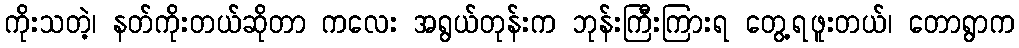
ကိုးသတဲ့၊ နတ်ကိုးတယ်ဆိုတာ ကလေး အရွယ်တုန်းက ဘုန်းကြီးကြားရ တွေ့ရဖူးတယ်၊ တောရွာက